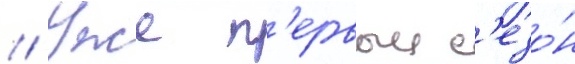
// Уже п'ервыи с'езо́н